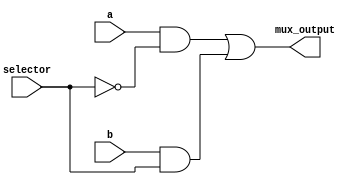
module two_to_one_mux (mux_output,a,b,selector);

input a,b;
input selector;

output mux_output;

wire and_to_or_wire_one;
wire and_to_or_wire_two;
wire selector_not_wire;

not not_select(selector_not_wire , selector);

and selector_one_and (and_to_or_wire_one,a,selector_not_wire);
and selector_two_and (and_to_or_wire_two,b,selector);

or final_output (mux_output ,and_to_or_wire_one,and_to_or_wire_two);

endmodule